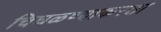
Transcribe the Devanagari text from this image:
चिघळण्याकरता